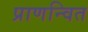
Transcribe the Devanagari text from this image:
प्राणन्वित